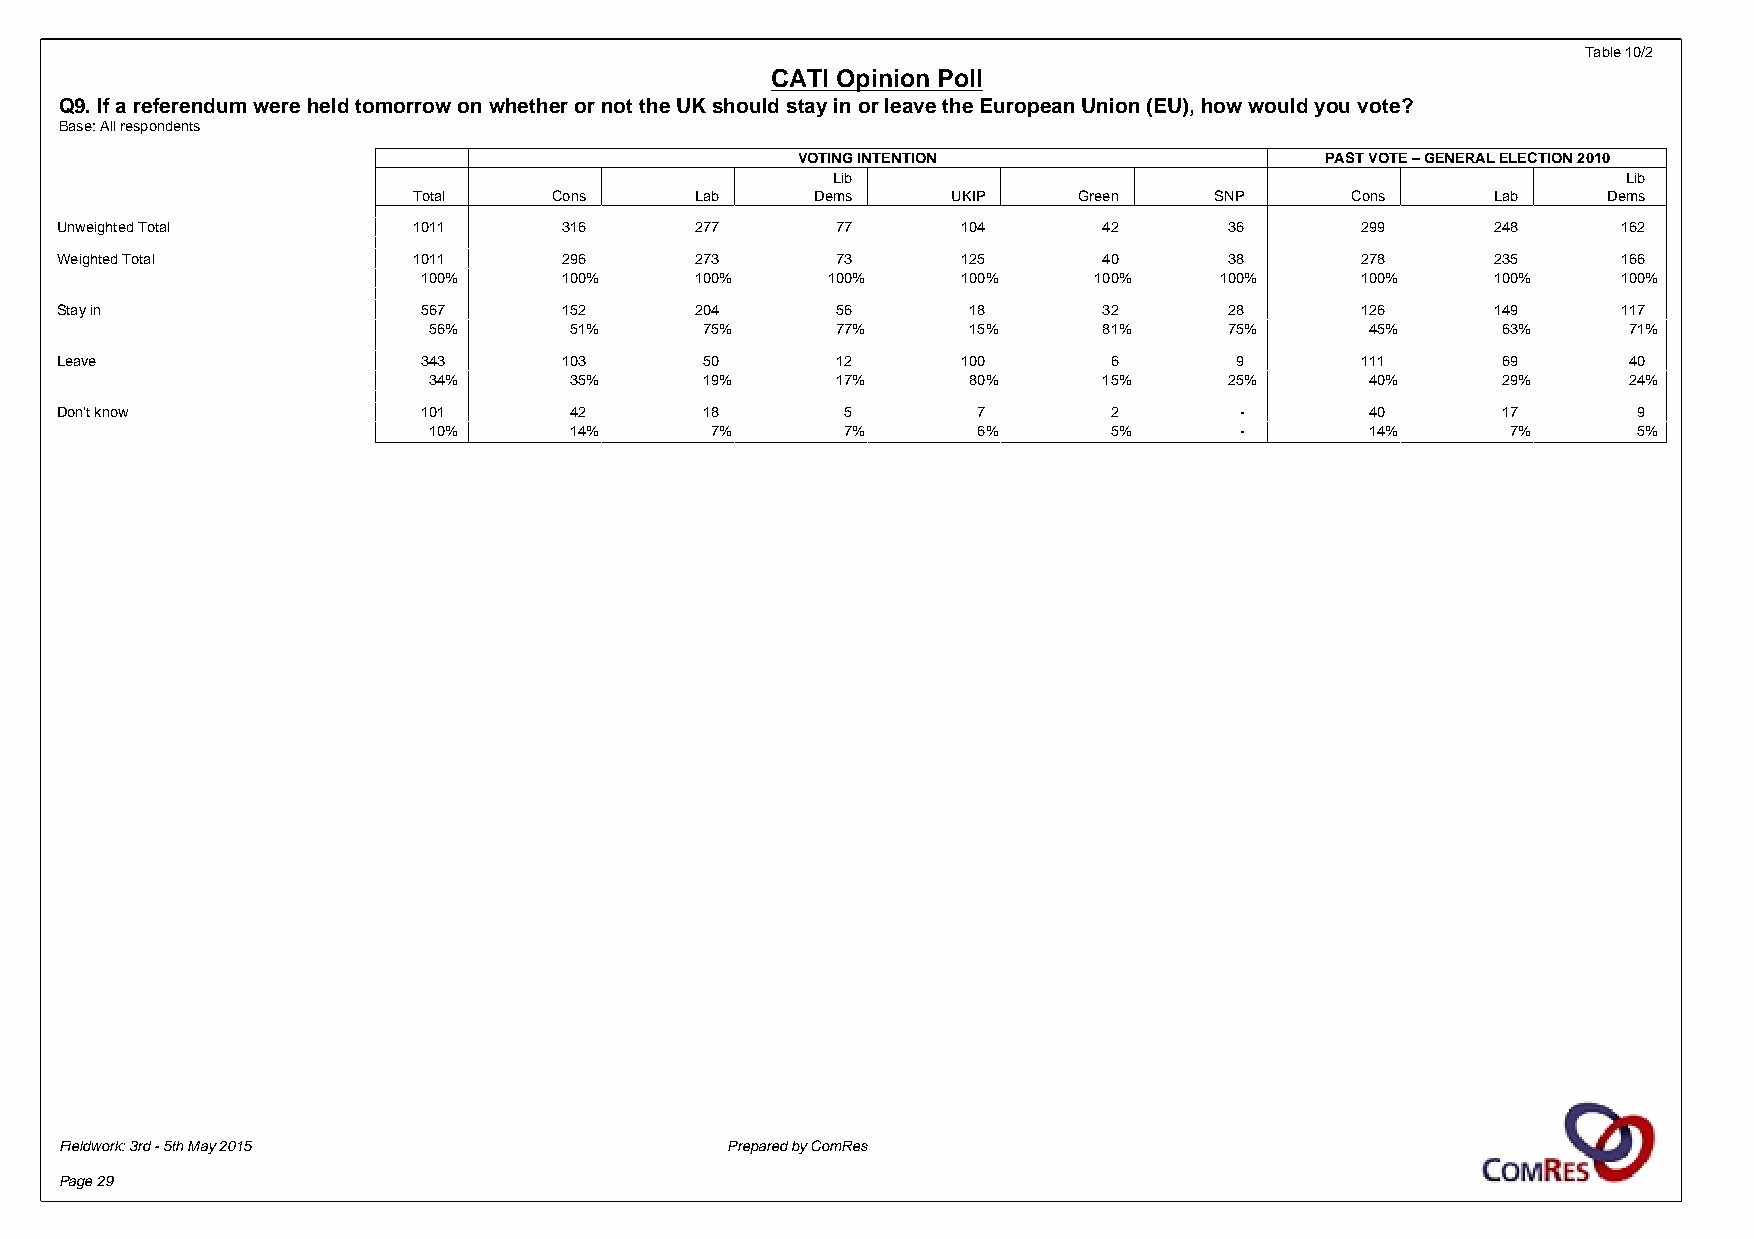
Table 10/2
 CATI Opinion Poll
 Q9. If a referendum were held tomorrow on whether or not the UK should stay in or leave the European Union (EU), how would you vote?
 Base: All respondents
 VOTING INTENTION                   PAST VOTE – GENERAL ELECTION 2010
 Lib                                                  Lib
 Total     Cons     Lab     Dems     UKIP    Green    SNP      Cons      Lab    Dems
 Unweighted Total       1011      316      277      77       104      42      36       299      248     162
 Weighted Total         1011      296      273      73       125      40      38       278      235     166
 100%     100%     100%     100%     100%    100%     100%     100%     100%    100%
 Stay in                 567      152      204      56       18       32      28       126      149     117
 56%       51%      75%     77%      15%      81%     75%       45%     63%      71%
 Leave                   343      103       50      12       100       6       9       111      69       40
 34%       35%      19%     17%      80%      15%     25%       40%     29%      24%
 Don't know              101       42       18       5        7        2       -        40      17       9
 10%       14%      7%       7%       6%       5%      -        14%      7%      5%
 Fieldwork: 3rd - 5th May 2015               Prepared by ComRes
 Page 29